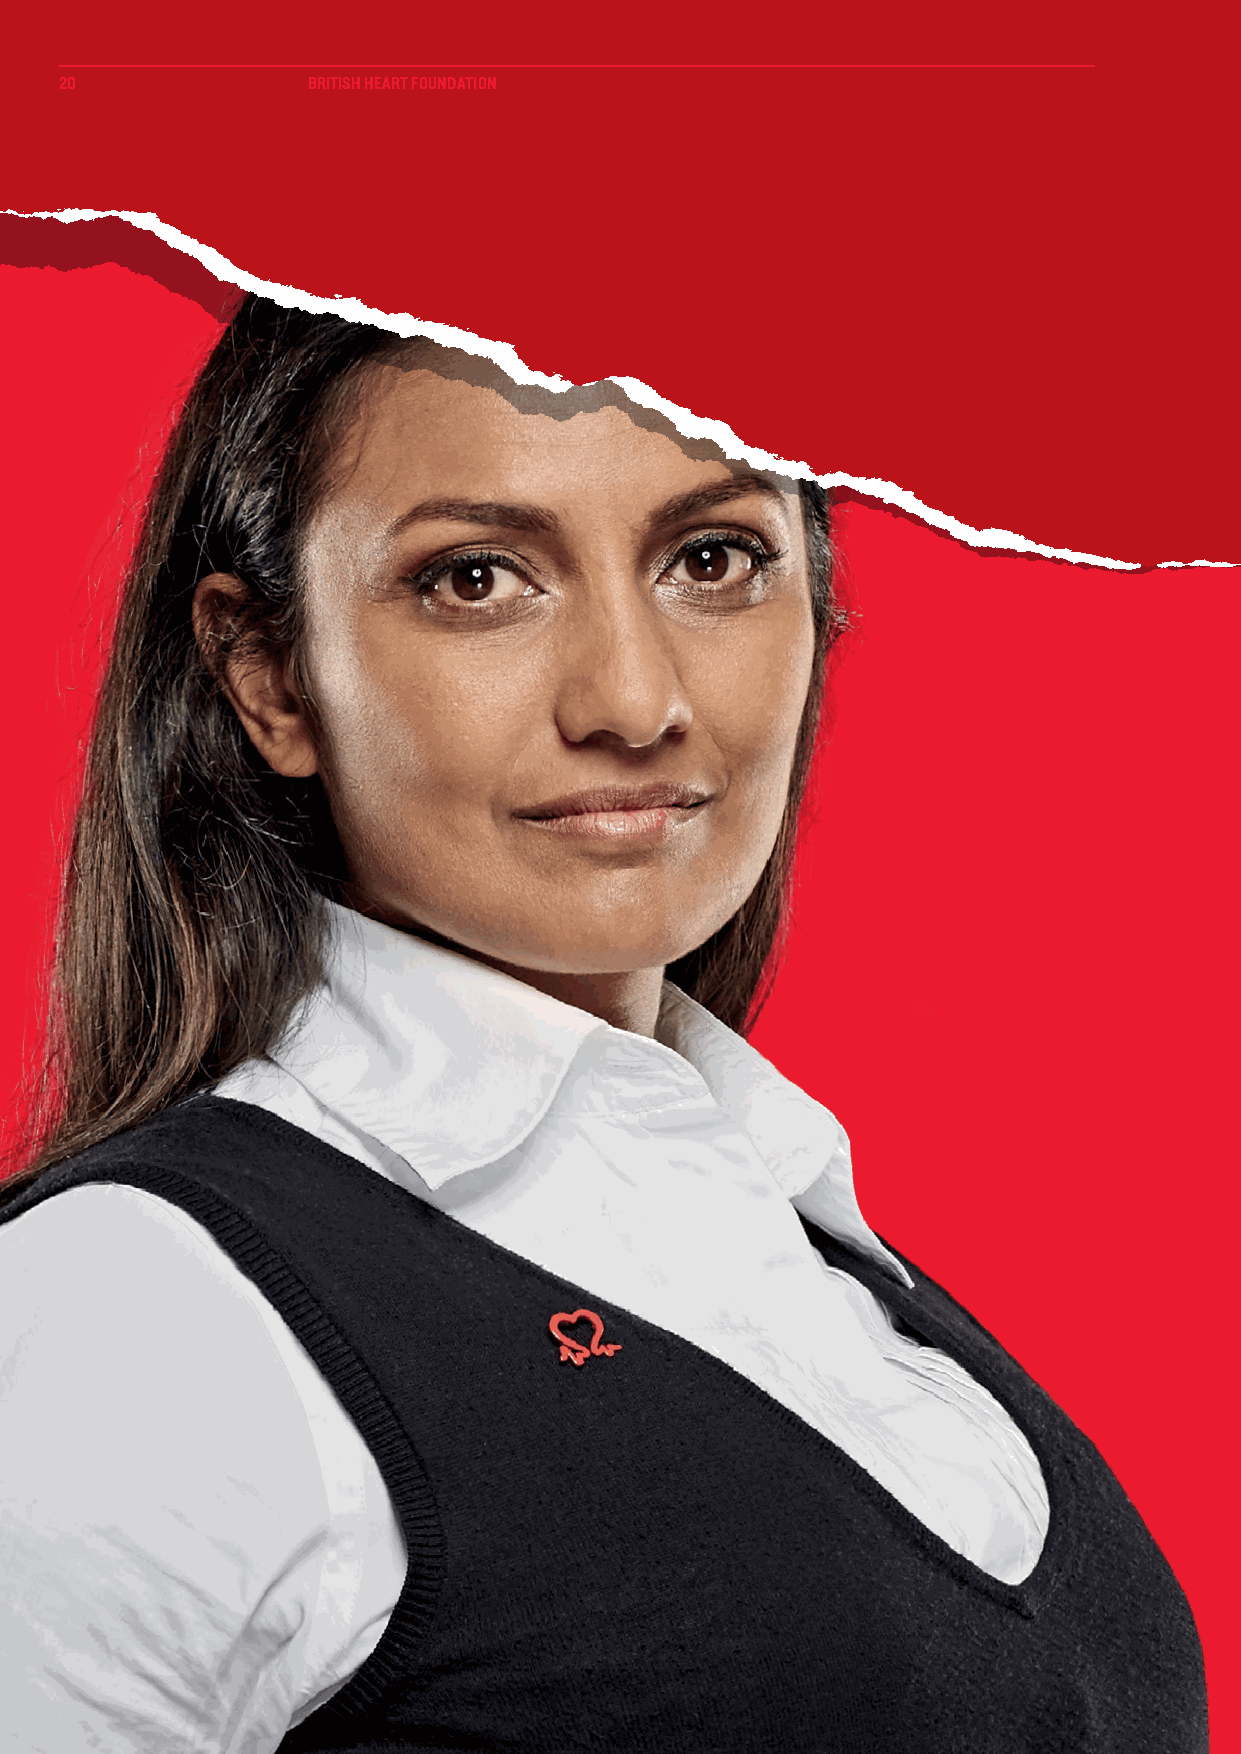
20              BRITISH HEART FOUNDATION